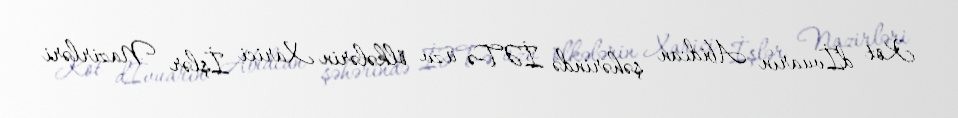
Kot dİvuarın Abidcan şəhərində İƏT-ə üzv ölkələrin Xarici İşlər Nazirləri